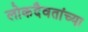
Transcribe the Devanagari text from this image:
लोकदैवतांच्या